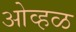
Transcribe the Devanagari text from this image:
ओव्हळ